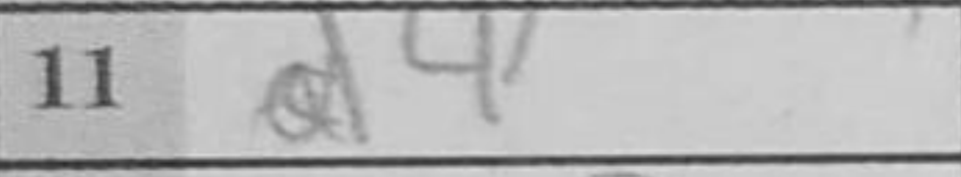
Transcription: d4